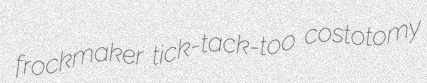
frockmaker tick-tack-too costotomy